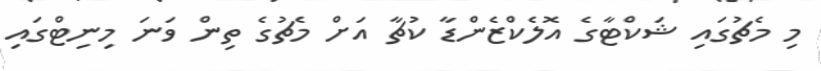
މި މެޗުގައި ޝަކްޓާގެ އޮލެކްޒެންޑާ ކުޗާ އަށް މެޗުގެ ތިން ވަނަ މިނިޓްގައި